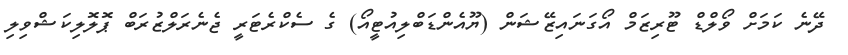
ދޭނެ ކަމަށް ވޯލްޑް ޓޫރިޒަމް އޯގަނައިޒޭޝަން (ޔޫއެންޑަބްލިއުޓީއޯ) ގެ ސެކްރެޓަރީ ޖެނެރަލްޒުރަބް ޕޮލޮލިކަޝްވިލި